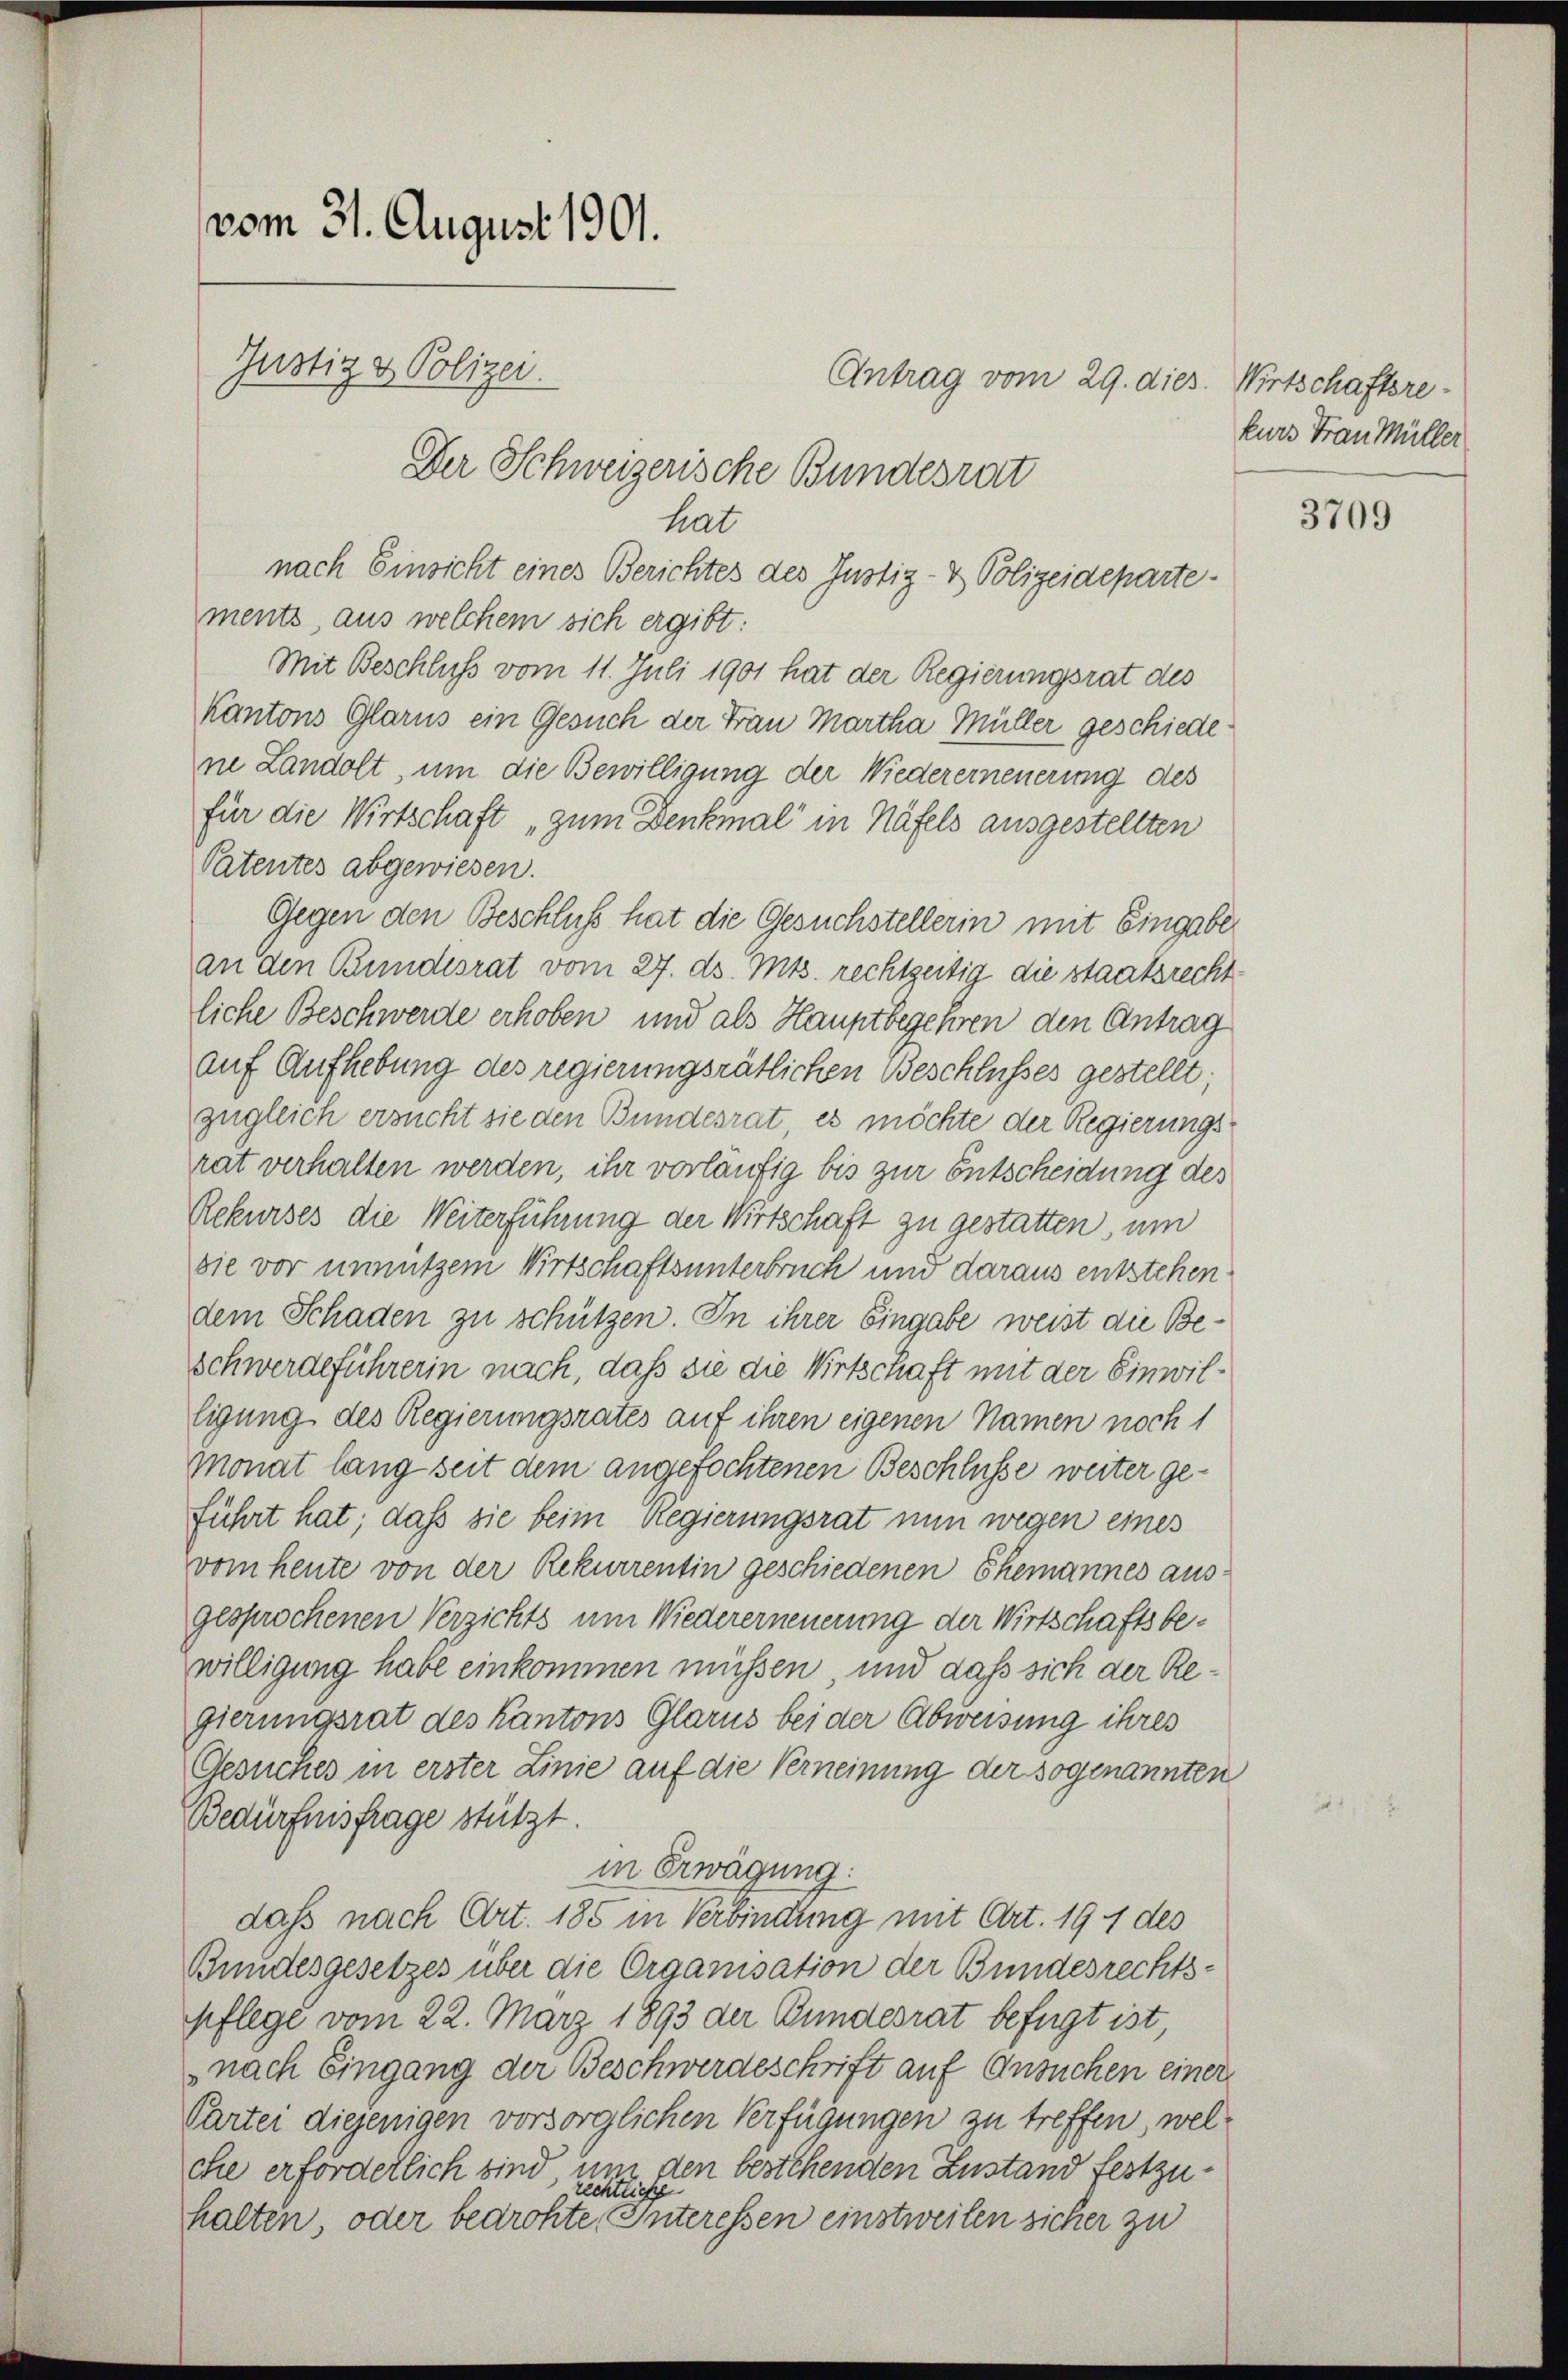
vom 31. August 1901.
Justiz & Polizei.
Der Schweizerische Bundesrat

Antrag vom 29. dies. Wirtschaftsrehat
nach Einsicht eines Berichtes des Justiz- & Polizeidepartements, aus welchem sich ergibt:
Mit Beschluss vom 11. Juli 1901 hat der Regierungsrat des
Kantons Glarus ein Gesuch der Frau Martha Müller geschiedene Landolt, um die Bewilligung der Wiedererneuerung des
für die Wirtschaft „zum Denkinal in Näfels ausgestellten
Patentes abgewiesen.
Gegen den Beschluß hat die Gesuchstellerin mit Eingabe
an den Bundesrat vom 27. ds. Mts. rechtzeitig die staatsrechtliche Beschwerde erhoben und als Hauptbegehren den Antrag
auf Aufhebung des regierungsrätlichen Beschlusses gestellt;
zugleich ersucht sie den Bundesrat, es möchte der Regierungsrat verhalten werden, ihr vorläufig bis zur Entscheidung des
Rekurses die Weiterführung der Wirtschaft zu gestatten, um
sie vor unnützem Wirtschaftsunterbruch und daraus entstehendem Schaden zu schützen. In ihrer Eingabe weist die Be¬
Schwerdeführerin nach, daß sie die Wirtschaft mit der Einwilligung des Regierungsrates auf ihren eigenen Namen noch 1
Monat lang seit dem angefochtenen Beschlüsse weiter geführt hat; daß sie beim Regierungsrat nun wegen eines
vom heute von der Rekurrentin geschiedenen Ehemannes ausgesprochenen Verzichts um Wiedererneuerung der Wirtschaftsbewilligung habe einkommen müssen, und daß sich der Regierungsrat des Kantons Glarus bei der Abweisung ihres
Gesuches in erster Linie auf die Verneinung der sogenannten
Bedürfnisfrage stützt.
in Erwägung:
daß nach Art. 185 in Verbindung mit Art. 191 des
Bundesgesetzes über die Organisation der Bundesrechts-
pflege vom 22. März 1893 der Bundesrat befügt ist
nach Eingang der Beschwerdeschrift auf Ansuchen einer
Partei diejenigen vorsorglichen Verfügungen zu treffen, welche erforderlich sind, und den bestehenden Zustand festzuhalten, oder bedrohte, Interessen einstweilen sicher zu

kurs Frau Müller

3709